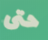
حتى